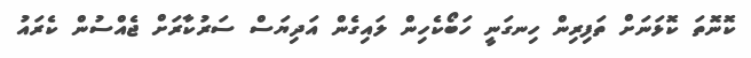
ކޮނޮތަ ކޮޅަނަށް ތަފިރިން ހިނގަނީ ހަބޯކެހިން ލައިގެން އަދިޔަސް ސަރުކާރަށް ޖެއްސުން ކެރައު